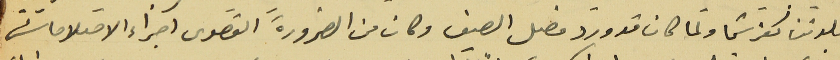
بلدتنا كفرشيما ولما كان قد ورد فصل الصيف وكان من الضرورة القصوى اجراء الاصلاحات